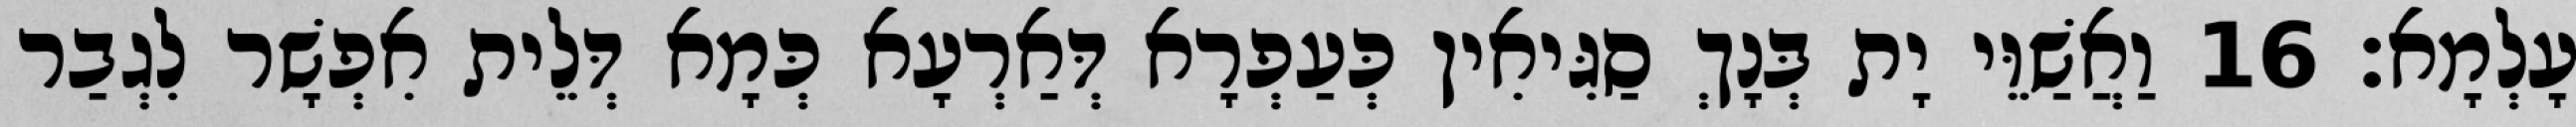
עָלְמָא׃ 16 וַאֲשַׁוֵּי יָת בְּנָךְ סַגִּיאִין כְּעַפְרָא דְּאַרְעָא כְּמָא דְּלֵית אִפְשָׁר לִגְבַר